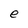
Character: e